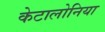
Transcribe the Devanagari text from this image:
केटालोनिया